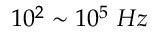
1 0 ^ { 2 } \sim 1 0 ^ { 5 } ~ H z